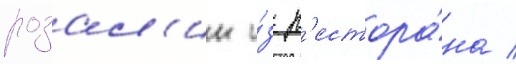
розал'ин и́з р'естора́на /